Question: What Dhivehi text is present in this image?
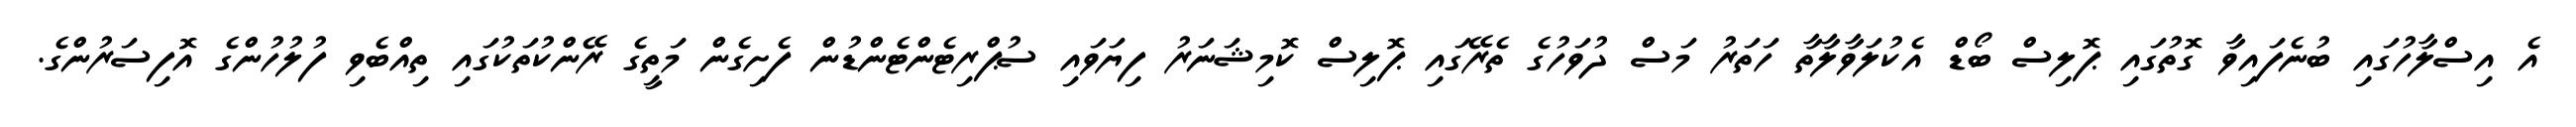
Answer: އެ އިސްލާހުގައި ބުނެފައިވާ ގޮތުގައި ޕޮލިސް ބޯޑް އެކުލަވާލާތާ ހަތަރު މަސް ދުވަހުގެ ތެރޭގައި ޕޮލިސް ކޮމިޝަނަރު ފިޔަވައި ސުޕްރިޓެންޓެންޑުން ފެށިގެން މަތީގެ ރޭންކުތަކުގައި ތިއްބެވި ފުލުހުންގެ އޮފިސަރުންގެ.